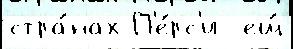
стра́нах П'е́рс'и  ещ́